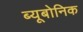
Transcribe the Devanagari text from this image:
ब्यूबोनिक